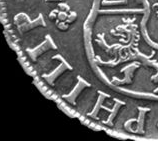
PHILIP